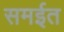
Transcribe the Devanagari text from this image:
समईत